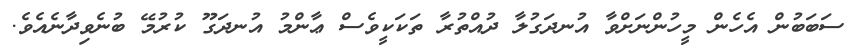
ސަބަބުން އެހެން މީހުންނަށްވާ އުނދަގުލާ ދުއްތުރާ ތަކަކީވެސް ޢާންމު އުނދަގޫ ކުރުމޭ ބުނެވިދާނެއެވެ.